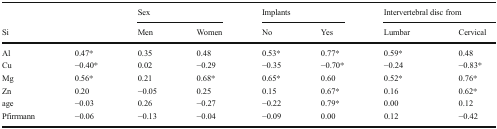
|  | <ROWSPAN=2>  | <COLSPAN=2> Sex | <COLSPAN=2> Implants | <COLSPAN=2> Intervertebral disc from |
 | Si | Men | Women | No | Yes | Lumbar | Cervical |
 | --- | --- | --- | --- | --- | --- | --- | --- |
 | Al | 0.47* | 0.35 | 0.48 | 0.53* | 0.77* | 0.59* | 0.48 |
 | Cu | −0.40* | 0.02 | −0.29 | −0.35 | −0.70* | −0.24 | −0.83* |
 | Mg | 0.56* | 0.21 | 0.68* | 0.65* | 0.60 | 0.52* | 0.76* |
 | Zn | 0.20 | −0.05 | 0.25 | 0.15 | 0.67* | 0.16 | 0.62* |
 | age | −0.03 | 0.26 | −0.27 | −0.22 | 0.79* | 0.00 | 0.12 |
 | Pfirrmann | −0.06 | −0.13 | −0.04 | −0.09 | 0.00 | 0.12 | −0.42 |